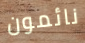
نائمون